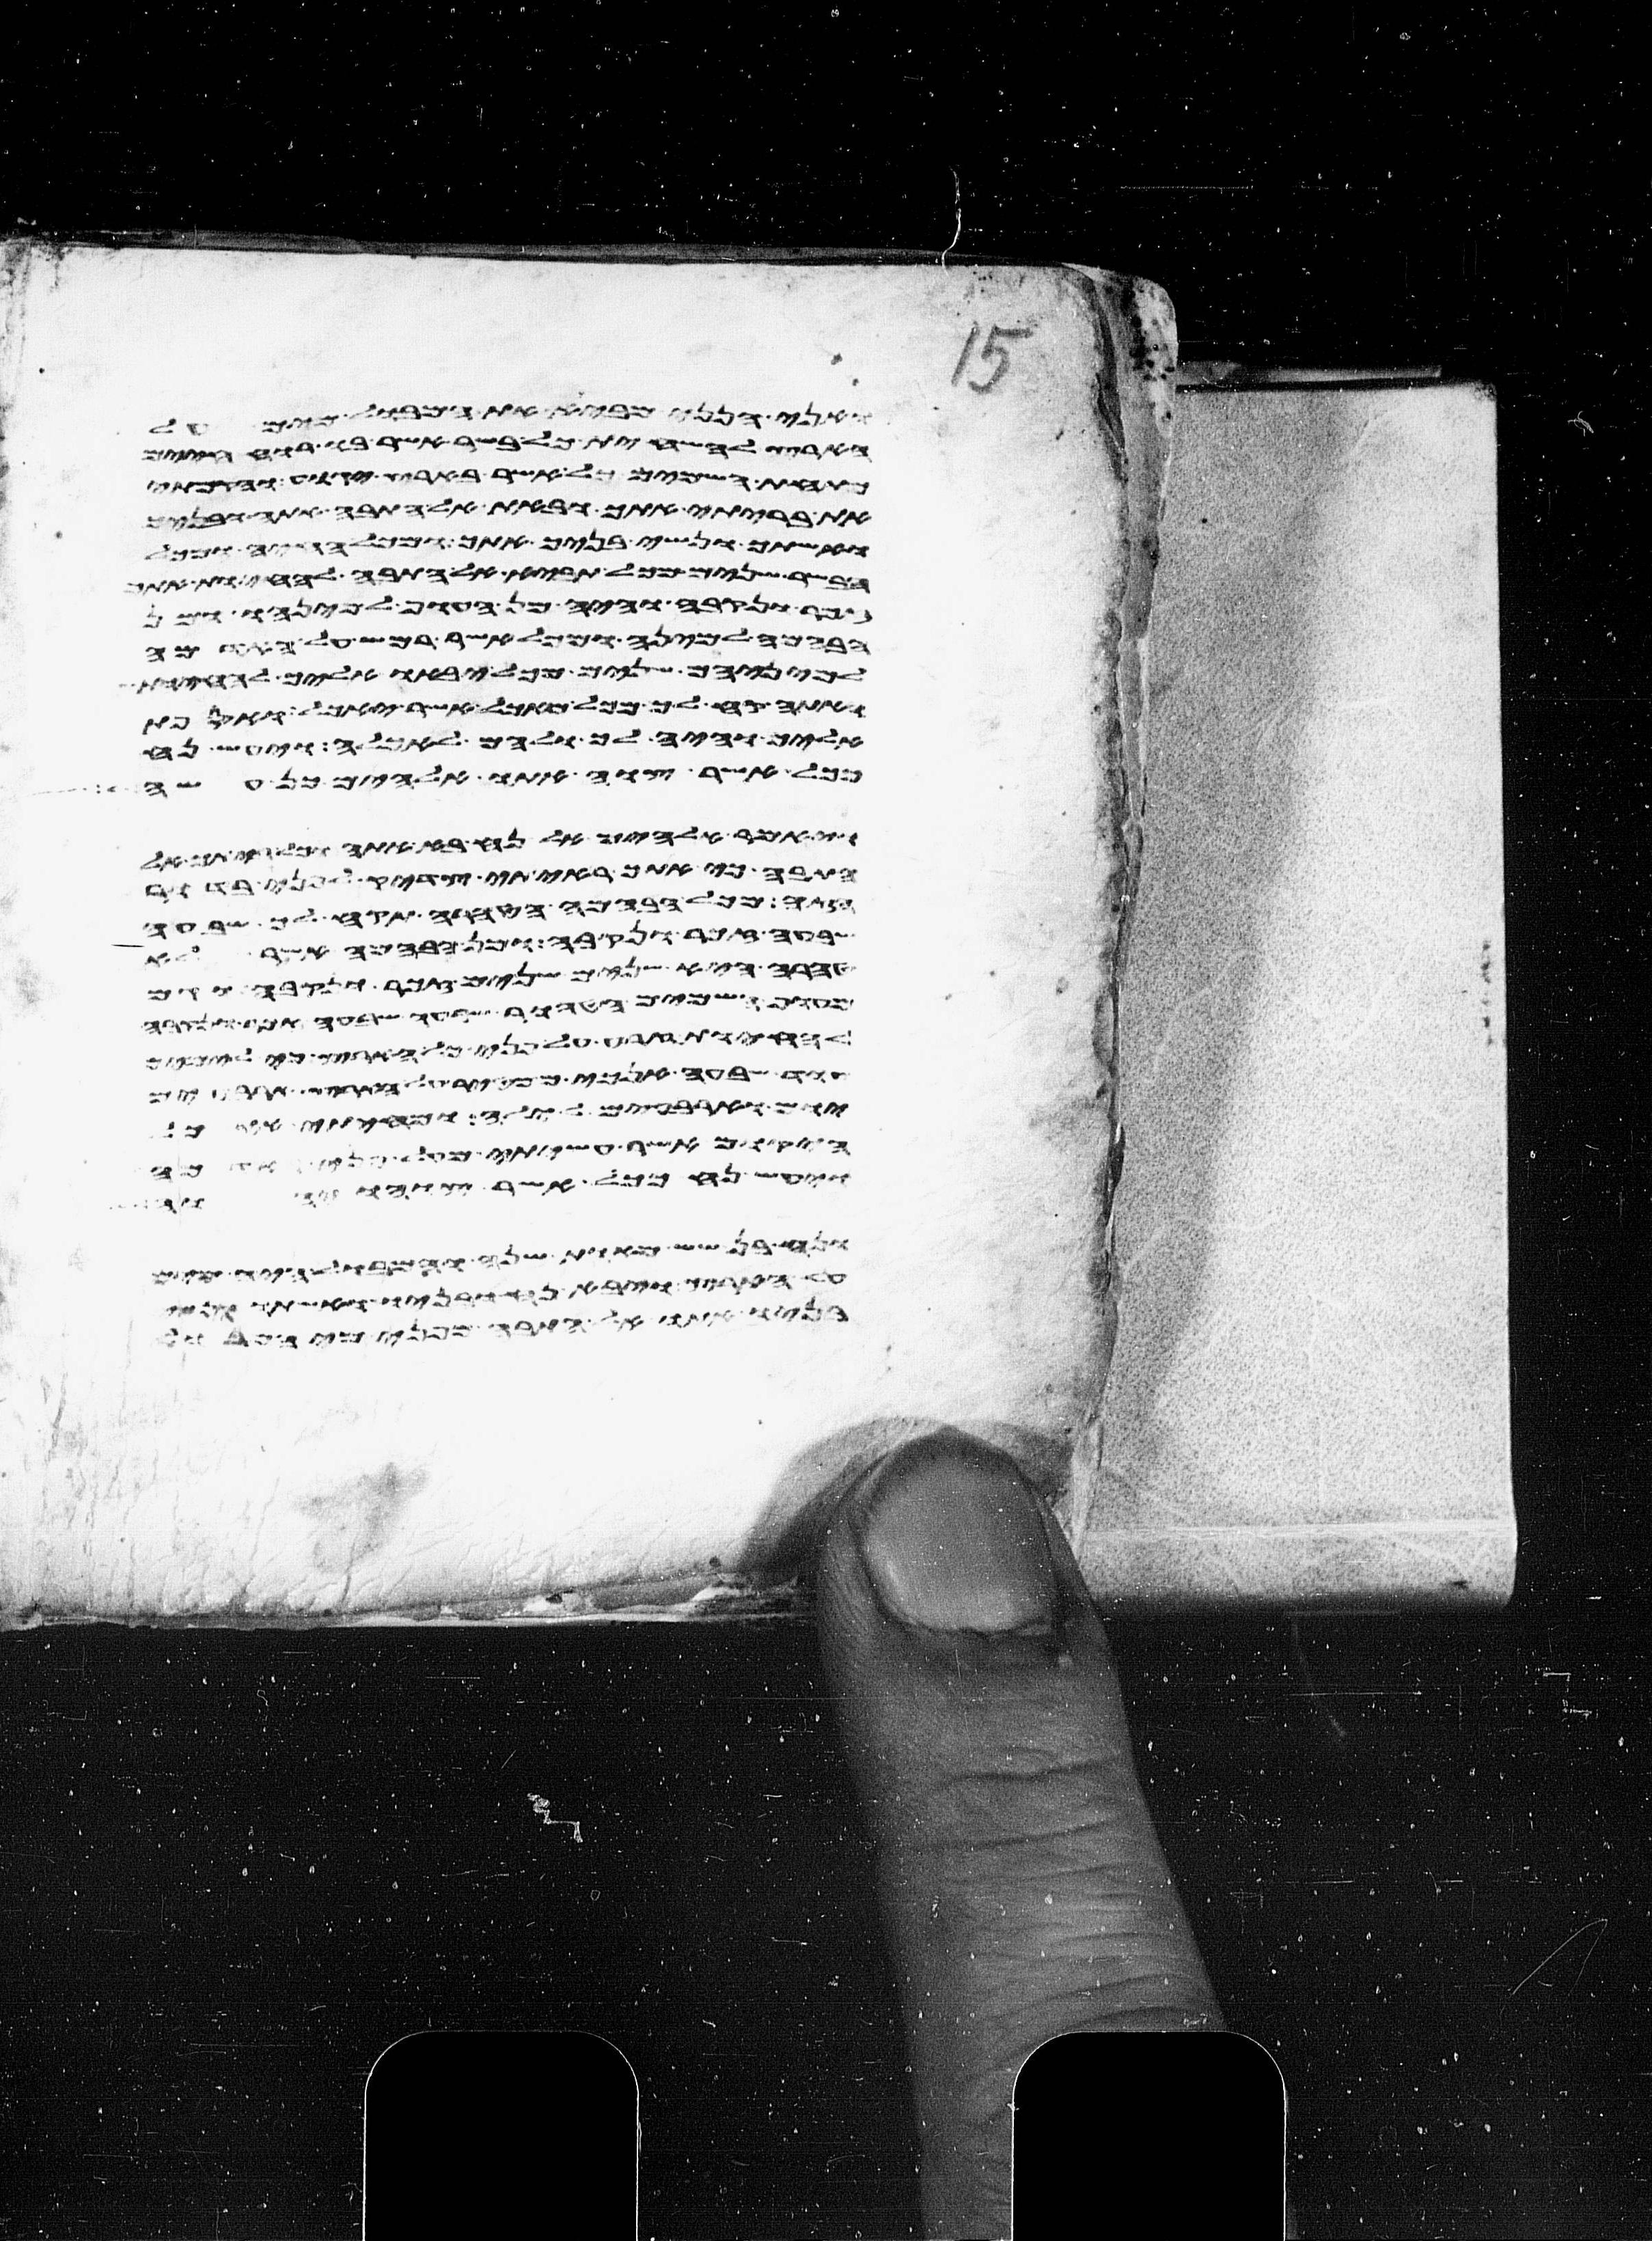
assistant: ויעש נח ככל אשר צוהו יהוה